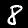
Label: 8